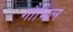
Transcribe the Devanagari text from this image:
गौभिल